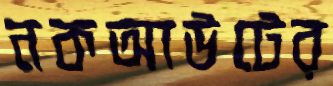
নকআউটের